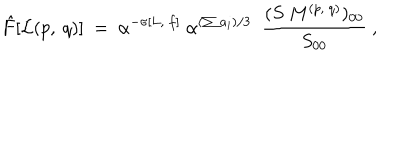
{ \hat { F } } [ { \cal L } ( p , ~ q ) ] ~ = ~ \alpha ^ { - \sigma [ L , ~ f ] } ~ { \alpha } ^ { ( \sum a _ { i } ) / 3 } ~ ~ { \frac { ( S ~ M ^ { ( p , ~ q ) } ) _ { 0 0 } } { S _ { 0 0 } } } ~ ,